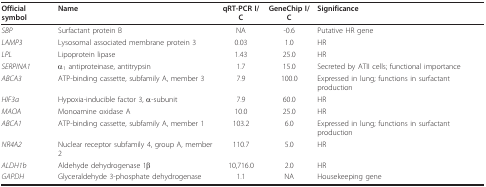
<table><thead><tr><td><b>Official symbol</b></td><td><b>Name</b></td><td><b>qRT-PCR I/C</b></td><td><b>GeneChip I/C</b></td><td><b>Significance</b></td></tr></thead><tbody><tr><td><i>SBP</i></td><td>Surfactant protein B</td><td>NA</td><td>-0.6</td><td>Putative HR gene</td></tr><tr><td><i>LAMP3</i></td><td>Lysosomal associated membrane protein 3</td><td>0.03</td><td>1.0</td><td>HR</td></tr><tr><td><i>LPL</i></td><td>Lipoprotein lipase</td><td>1.43</td><td>25.0</td><td>HR</td></tr><tr><td><i>SERPINA1</i></td><td>α<sub>1 </sub>antiproteinase, antitrypsin</td><td>1.7</td><td>15.0</td><td>Secreted by ATII cells; functional importance</td></tr><tr><td><i>ABCA3</i></td><td>ATP-binding cassette, subfamily A, member 3</td><td>7.9</td><td>100.0</td><td>Expressed in lung; functions in surfactant production</td></tr><tr><td><i>HIF3a</i></td><td>Hypoxia-inducible factor 3, α-subunit</td><td>7.9</td><td>60.0</td><td>HR</td></tr><tr><td><i>MAOA</i></td><td>Monoamine oxidase A</td><td>10.0</td><td>25.0</td><td>HR</td></tr><tr><td><i>ABCA1</i></td><td>ATP-binding cassette, subfamily A, member 1</td><td>103.2</td><td>6.0</td><td>Expressed in lung; functions in surfactant production</td></tr><tr><td><i>NR4A2</i></td><td>Nuclear receptor subfamily 4, group A, member 2</td><td>110.7</td><td>5.0</td><td>HR</td></tr><tr><td><i>ALDH1b</i></td><td>Aldehyde dehydrogenase 1β</td><td>10,716.0</td><td>2.0</td><td>HR</td></tr><tr><td><i>GAPDH</i></td><td>Glyceraldehyde 3-phosphate dehydrogenase</td><td>1.1</td><td>NA</td><td>Housekeeping gene</td></tr></tbody></table>